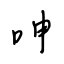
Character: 呻